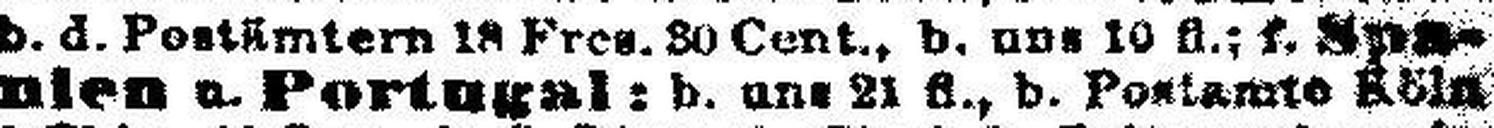
nien & Portugal: b. uns 21 fl., b. Postamte Köln